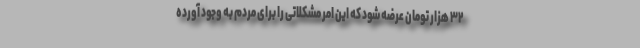
۳۲ هزار تومان عرضه شود که این امر مشکلاتی را برای مردم به وجود آورده